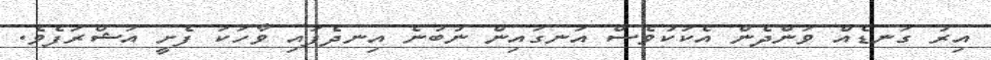
އިރު ގަނޑެއް ވަންދެން އެކަކުވެސް އަނގައިން ނުބުނެ އިނދެފައި ވާހަކަ ފެށީ އަޝްރަފެވެ.